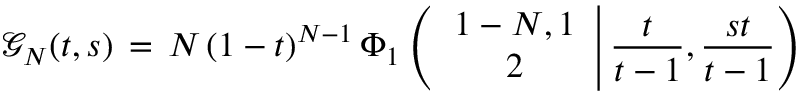
\begin{array} { l } { \displaystyle \mathcal { G } _ { N } ( t , s ) \, = \, N \, ( 1 - t ) ^ { N - 1 } \, \Phi _ { 1 } \left( \left. \begin{array} { c } { 1 - N , 1 } \\ { 2 } \end{array} \right| \frac t { t - 1 } , \frac { s t } { t - 1 } \right) } \end{array}